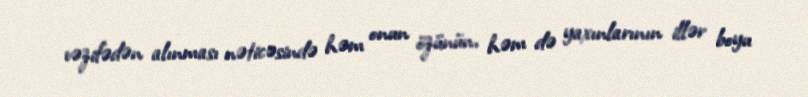
vəzifədən alınması nəticəsində həm onun özünün, həm də yaxınlarının illər boyu